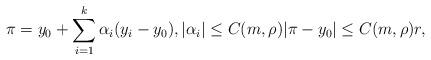
LaTeX: \begin{align*}\pi = y_{0} + \sum_{i=1}^{k} \alpha_{i} (y_{i} - y_{0}), |\alpha_{i}| \leq C(m,\rho) |\pi - y_0| \leq C(m,\rho)r,\end{align*}